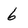
Character: 6